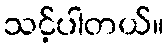
သင့်ပါတယ်။